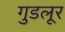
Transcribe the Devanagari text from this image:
गुडलूर